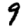
Digit: 9